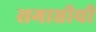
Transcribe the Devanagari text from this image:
समाप्तीची